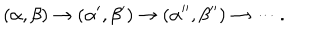
LaTeX: ( \alpha , \beta ) \to ( \alpha ^ { \prime } , \beta ^ { \prime } ) \to ( \alpha ^ { \prime \prime } , \beta ^ { \prime \prime } ) \to \cdots .